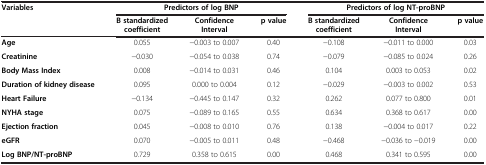
| Variables | <COLSPAN=3> Predictors of log BNP | <COLSPAN=3> Predictors of log NT-proBNP |
 |  | B standardized coefficient | Confidence Interval | p value | B standardized coefficient | Confidence Interval | p value |
 | --- | --- | --- | --- | --- | --- | --- |
 | Age | 0.055 | −0.003 to 0.007 | 0.40 | −0.108 | −0.011 to 0.000 | 0.03 |
 | Creatinine | −0.030 | −0.054 to 0.038 | 0.74 | −0.079 | −0.085 to 0.024 | 0.26 |
 | Body Mass Index | 0.008 | −0.014 to 0.031 | 0.46 | 0.104 | 0.003 to 0.053 | 0.02 |
 | Duration of kidney disease | 0.095 | 0.000 to 0.004 | 0.12 | −0.029 | −0.003 to 0.002 | 0.53 |
 | Heart Failure | −0.134 | −0.445 to 0.147 | 0.32 | 0.262 | 0.077 to 0.800 | 0.01 |
 | NYHA stage | 0.075 | −0.089 to 0.165 | 0.55 | 0.634 | 0.368 to 0.617 | 0.00 |
 | Ejection fraction | 0.045 | −0.008 to 0.010 | 0.76 | 0.138 | −0.004 to 0.017 | 0.22 |
 | eGFR | 0.070 | −0.005 to 0.011 | 0.48 | −0.468 | −0.036 to −0.019 | 0.00 |
 | Log BNP/NT-proBNP | 0.729 | 0.358 to 0.615 | 0.00 | 0.468 | 0.341 to 0.595 | 0.00 |